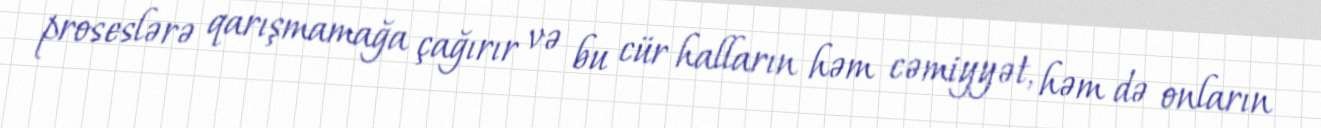
proseslərə qarışmamağa çağırır və bu cür halların həm cəmiyyət, həm də onların